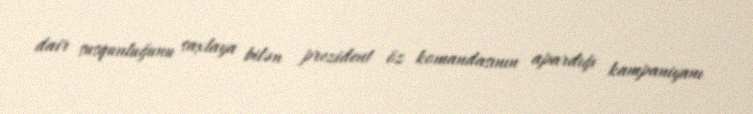
dair susqunluğunu saxlaya bilən prezident öz komandasının apardığı kampaniyanı